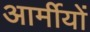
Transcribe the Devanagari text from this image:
आर्मीयों